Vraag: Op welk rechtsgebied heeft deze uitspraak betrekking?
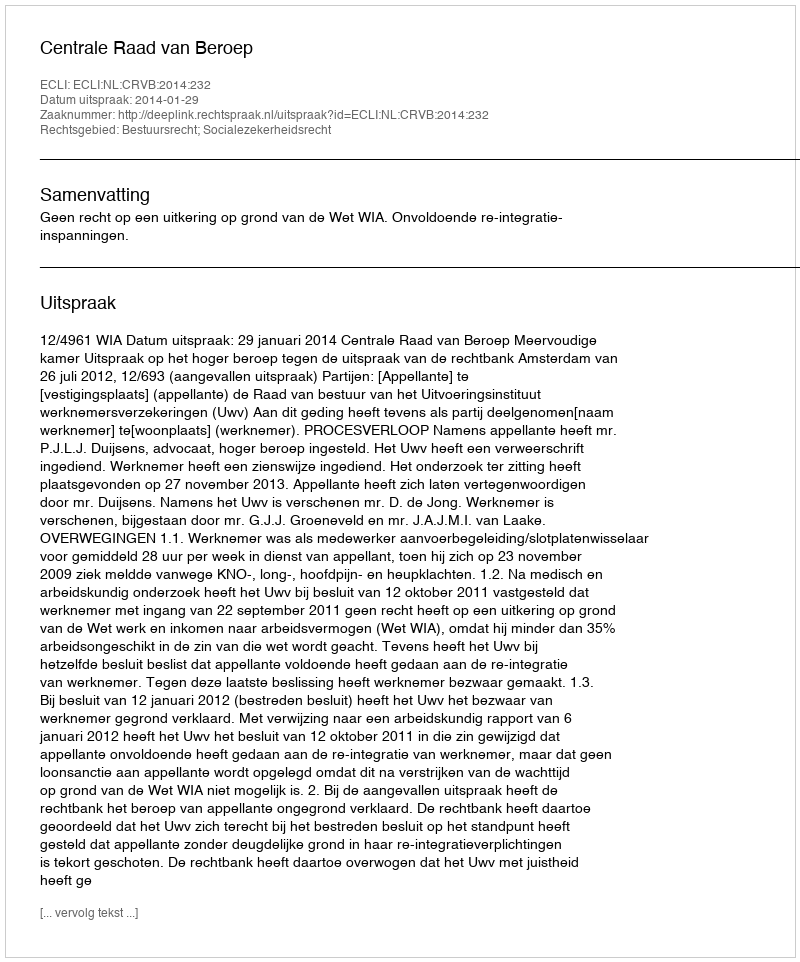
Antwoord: Bestuursrecht; Socialezekerheidsrecht